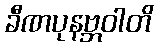
ခီဏပုနဗ္ဘဝါတိ